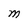
Character: M